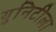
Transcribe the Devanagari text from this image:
युनिटीला